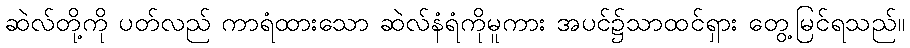
ဆဲလ်တို့ကို ပတ်လည် ကာရံထားသော ဆဲလ်နံရံကိုမူကား အပင်၌သာထင်ရှား တွေ့မြင်ရသည်။